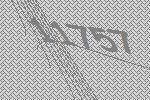
11757